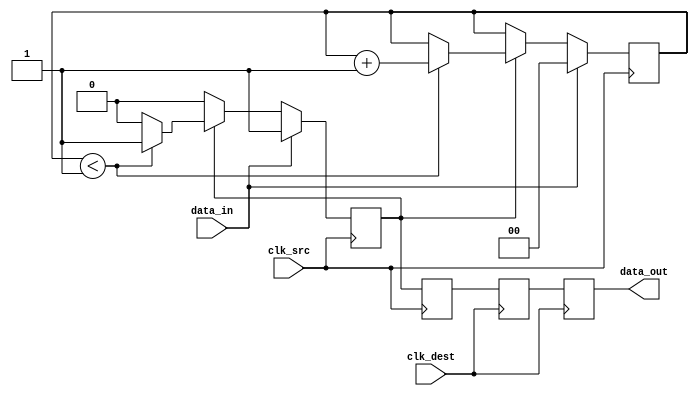
module pulsed_synchronizer #(
    parameter PULSE_WIDTH = 2 // Adjustable pulse width in clock cycles
)(
    input wire data_in,         // Asynchronous input signal
    input wire clk_src,        // Source clock
    input wire clk_dest,       // Destination clock
    output reg data_out        // Synchronized output signal
);

    // Internal signals
    reg pulse;                 // Pulse signal
    reg sync_ff1;             // First synchronizer flip-flop
    reg sync_ff2;             // Second synchronizer flip-flop
    reg [1:0] pulse_counter;   // Pulse width counter

    // Pulse generation logic
    always @(posedge clk_src) begin
        if (data_in) begin
            pulse <= 1'b1;      // Start pulse on rising edge of data_in
            pulse_counter <= 0;  // Reset pulse counter
        end else if (pulse) begin
            if (pulse_counter < PULSE_WIDTH - 1) begin
                pulse_counter <= pulse_counter + 1; // Increment pulse counter
            end else begin
                pulse <= 1'b0; // End pulse after defined width
            end
        end
    end

    // Synchronizer flip-flops
    always @(posedge clk_src) begin
        sync_ff1 <= pulse; // Capture pulse on clk_src
    end

    always @(posedge clk_dest) begin
        sync_ff2 <= sync_ff1; // Capture sync_ff1 output on clk_dest
        data_out <= sync_ff2; // Update output
    end

endmodule